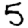
Digit: 5